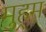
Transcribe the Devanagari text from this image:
मुहर्‍म